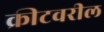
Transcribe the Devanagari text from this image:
क्रीटवरील